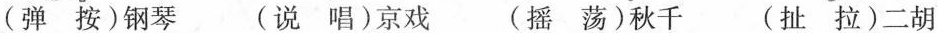
(弹 按)钢琴 (说 唱)京戏 (摇 荡)秋千 (扯 拉)二胡